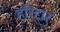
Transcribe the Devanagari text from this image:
हरिदृार